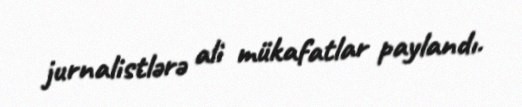
jurnalistlərə ali mükafatlar paylandı.